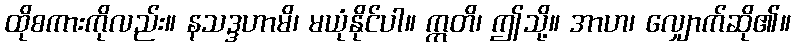
ထိုစကားကိုလည်း။ နသဒ္ဒဟာမိ၊ မယုံနိုင်ပါ။ ဣတိ၊ ဤသို့။ အာဟ၊ လျှောက်ဆို၏။